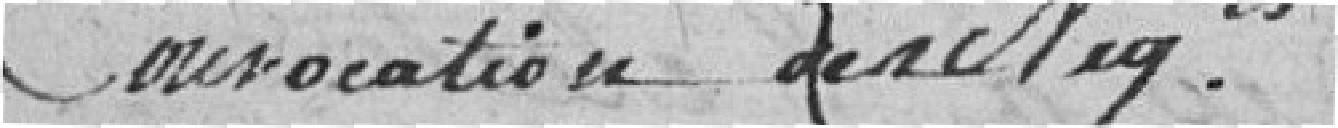
Convocation des négociants